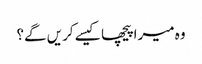
وہ میرا پیچھا کیسے کریں گے؟